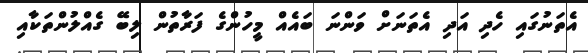
އެތަނުގައި ހެދި އަދި އެތަނަށް ވަންނަ ބައެއް މީހުންގެ ފަރާތުން ލިބޭ ގެއްލުންތަކާއި